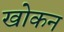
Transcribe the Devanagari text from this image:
खोकन